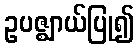
ဥပဇ္ဈာယ်ပြု၍